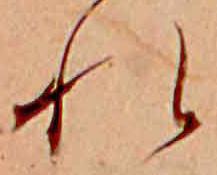
れ